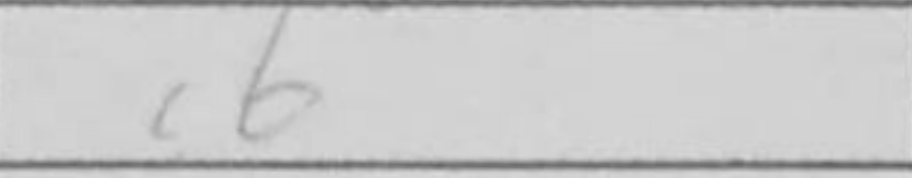
Transcription: c6